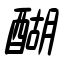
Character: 醐